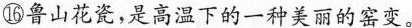
⑯鲁山花瓷，是高温下的一种美丽的窑变